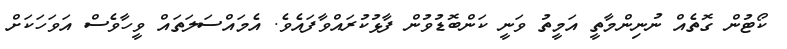
ކޯޓުން ގޮތެއް ނުނިންމާތީ އަމީތު ވަނީ ކަންބޮޑުވުން ފާޅުކުރައްވާފައެވެ. އެމައްސަލަތައް ވީހާވެސް އަވަހަކަށް